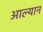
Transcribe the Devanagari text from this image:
आल्यान